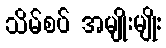
သိမ်စပ် အမျိုးမျိုး